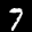
Label: 7